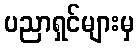
ပညာရှင်များမှ